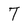
Character: T